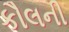
કૌલની